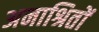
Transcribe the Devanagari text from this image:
अनाश्रितों